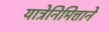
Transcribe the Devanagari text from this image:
यात्रेनिमित्ताने